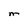
Character: M